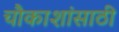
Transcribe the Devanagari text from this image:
चौकाशांसाठी